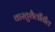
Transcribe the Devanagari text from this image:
वास्तुशैलींतील